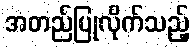
အတည်ပြုလိုက်သည့်